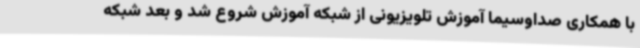
با همکاری صداوسیما آموزش تلویزیونی از شبکه آموزش شروع شد و بعد شبکه